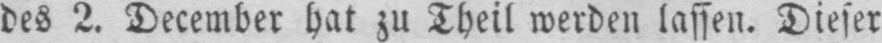
des 2. December hat zu Theil werden lassen. Dieser